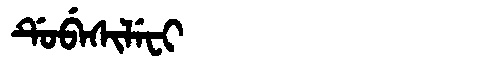
Manchu: ᡩᡠᠪᡝᠰᡳᠯᡝᠸᡳ
Romanization: DUBESILEFI